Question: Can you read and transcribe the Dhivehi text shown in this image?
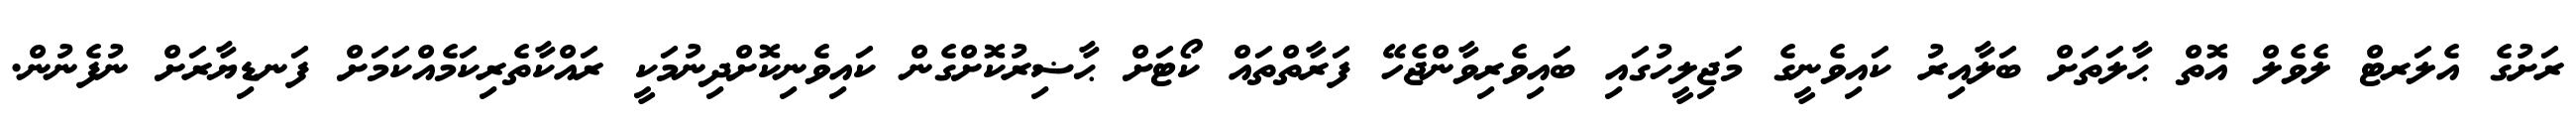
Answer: ރަށުގެ އެލަރޓް ލެވެލް އޮތް ޙާލަތަށް ބަލާއިރު ކައިވެނީގެ މަޖިލީހުގައި ބައިވެރިވާންޖެހޭ ފަރާތްތައް ކޯޓަށް ޙާޟިރުކޮށްގެން ކައިވެނިކޮށްދިނުމަކީ ރައްކާތެރިކަމެއްކަމަށް ފަނޑިޔާރަށް ނުފެނުން.